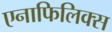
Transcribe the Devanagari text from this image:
एनाफिलिक्स